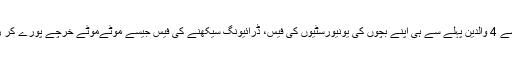
10میں سے 4 والدین پہلے سے ہی اپنے بچوں کی یونیورسٹیوں کی فیس، ڈرائیونگ سیکھنے کی فیس جیسے موٹےموٹے خرچے پورے کر رہے ہیں۔